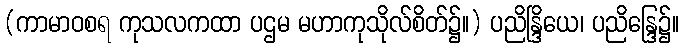
(ကာမာဝစရ ကုသလကထာ ပဌမ မဟာကုသိုလ်စိတ်၌။) ပညိန္ဒြိယေ၊ ပညိန္ဒြေ၌။